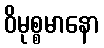
ဝိမုစ္စမာနော